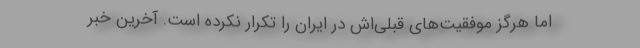
اما هرگز موفقیت‌های قبلی‌اش در ایران را تکرار نکرده است. آخرین خبر